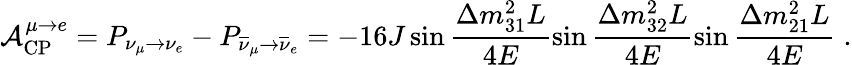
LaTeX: \mathcal{A}_{\mathrm{CP}}^{\mu\rightarrow e}=P_{\nu_{\mu}\rightarrow\nu_{e}}-P_{\overline{{\nu}}_{\mu}\rightarrow\overline{{\nu}}_{e}}=-16J\sin\frac{\Delta m_{31}^{2}L}{4E}\sin\frac{\Delta m_{32}^{2}L}{4E}\sin\frac{\Delta m_{21}^{2}L}{4E}\; .